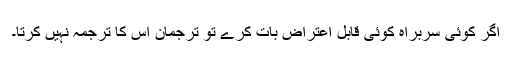
اگر کوئی سربراہ کوئی قابل اعتراض بات کرے تو ترجمان اس کا ترجمہ نہیں کرتا۔